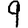
Digit: 9